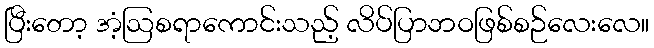
ပြီးတော့ အံ့ဩစရာကောင်းသည့် လိပ်ပြာဘဝဖြစ်စဉ်လေးလေ။